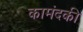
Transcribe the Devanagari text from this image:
कामंदकी